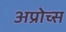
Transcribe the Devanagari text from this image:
अप्रोच्स